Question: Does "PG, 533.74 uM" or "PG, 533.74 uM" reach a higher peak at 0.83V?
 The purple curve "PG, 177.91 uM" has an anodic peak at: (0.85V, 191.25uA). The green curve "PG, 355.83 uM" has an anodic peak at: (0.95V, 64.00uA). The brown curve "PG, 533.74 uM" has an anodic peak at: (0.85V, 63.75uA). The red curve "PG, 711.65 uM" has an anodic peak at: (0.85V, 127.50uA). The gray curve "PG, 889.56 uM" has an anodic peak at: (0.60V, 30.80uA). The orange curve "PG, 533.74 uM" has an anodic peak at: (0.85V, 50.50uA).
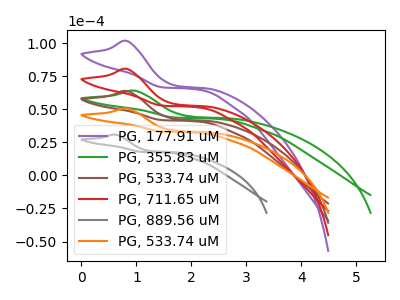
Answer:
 <answer>The peak at 0.83V is higher in "PG, 533.74 uM" than in "PG, 533.74 uM".</answer>
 <eval>higher</eval>